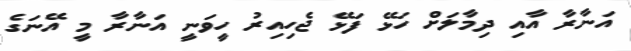
އަނާރާ އާއި ދިމާލަށް ހަޅޭ ފަޅޭ ޖެހިއިރު ހީވަނީ އަނާރާ މީ އޭނަގެ